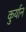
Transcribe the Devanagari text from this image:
कुर्यान